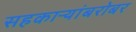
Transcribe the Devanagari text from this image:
सहकाऱ्यांबरोबर